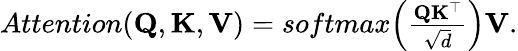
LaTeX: \begin{array}{r}{Attention(\mathbf{Q},\mathbf{K},\mathbf{V})=softmax\Big(\frac{\mathbf{Q}\mathbf{K}^{\top}}{\sqrt{d}}\Big)\mathbf{V}.}\end{array}